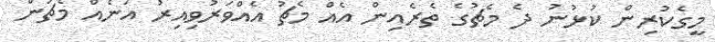
މީގެކުރިން ކުޅުނު ދެ މެޗުގެ ތެރެއިން އެއް މެޗު އެއްވަރުވިއިރު އަނެއް މެޗުން